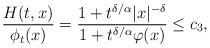
LaTeX: \begin{align*} \frac{H(t,x)}{\phi_t(x)} = \frac{1+ t^{\delta/\alpha}|x|^{-\delta}}{1+ t^{\delta/\alpha}\varphi(x)}\leq c_3,\end{align*}